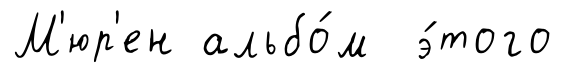
М'юр'ен альбо́м э́того